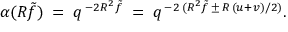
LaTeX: \alpha ( R \tilde { f } ) \; = \; q ^ { \, - 2 R ^ { 2 } \tilde { f } } \; = \; q ^ { \, - 2 \, ( R ^ { 2 } \tilde { f } \, \pm \, R \, ( u + v ) / 2 ) } .